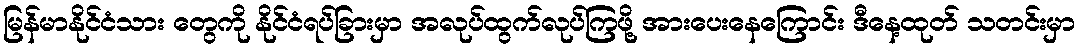
မြန်မာနိုင်ငံသား တွေကို နိုင်ငံရပ်ခြားမှာ အလုပ်ထွက်လုပ်ကြဖို့ အားပေးနေကြောင်း ဒီနေ့ထုတ် သတင်းမှာ